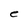
Character: e